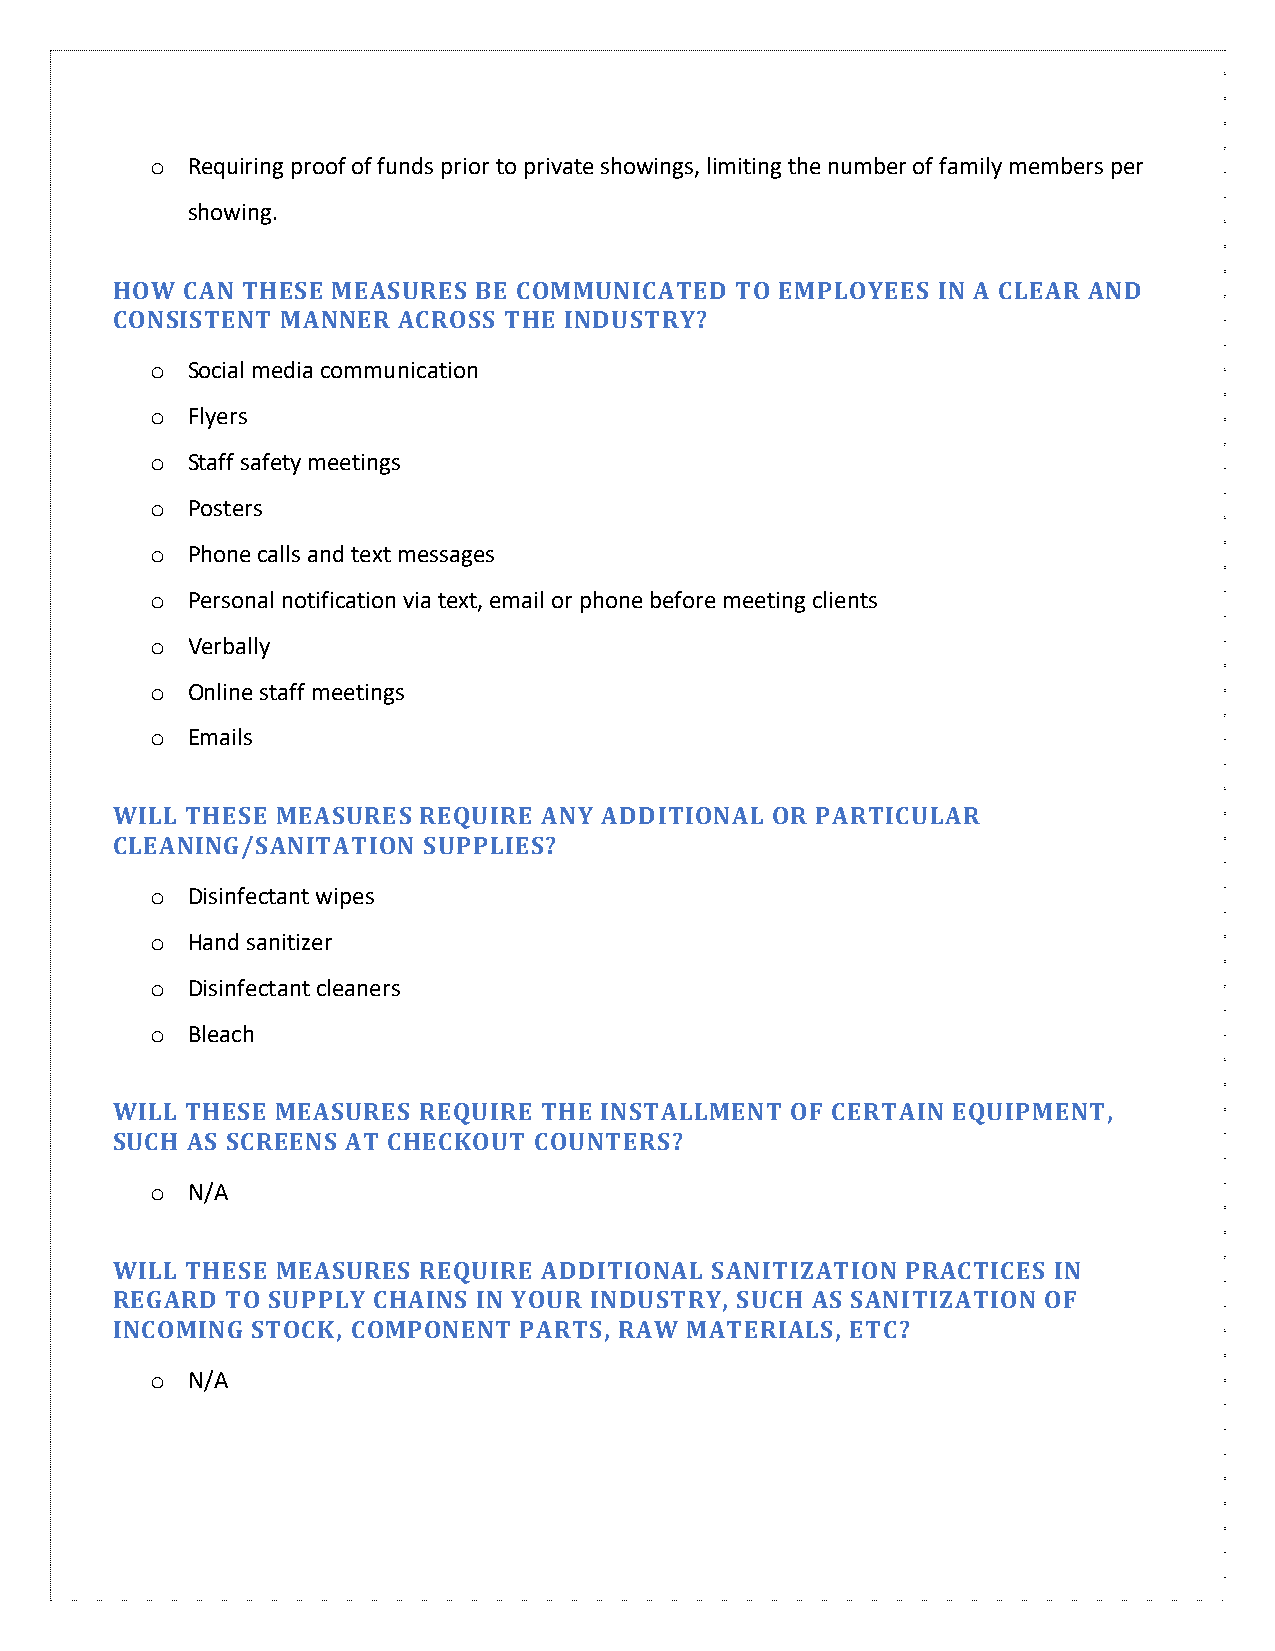
o Requiring proof of funds prior to private showings, limiting the number of family members per
 showing.
 HOW  CAN THESE MEASURES  BE COMMUNICATED  TO EMPLOYEES IN A CLEAR AND
 CONSISTENT  MANNER ACROSS THE INDUSTRY?
 o Social media communication
 o Flyers
 o Staff safety meetings
 o Posters
 o Phone calls and text messages
 o Personal notification via text, email or phone before meeting clients
 o Verbally
 o Online staff meetings
 o Emails
 WILL THESE MEASURES  REQUIRE ANY ADDITIONAL OR PARTICULAR
 CLEANING/SANITATION  SUPPLIES?
 o Disinfectant wipes
 o Hand sanitizer
 o Disinfectant cleaners
 o Bleach
 WILL THESE MEASURES  REQUIRE THE INSTALLMENT OF CERTAIN EQUIPMENT,
 SUCH AS SCREENS AT CHECKOUT COUNTERS?
 o N/A
 WILL THESE MEASURES  REQUIRE ADDITIONAL SANITIZATION PRACTICES IN
 REGARD  TO SUPPLY CHAINS IN YOUR INDUSTRY, SUCH AS SANITIZATION OF
 INCOMING  STOCK, COMPONENT PARTS, RAW MATERIALS, ETC?
 o N/A